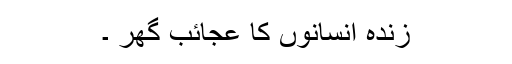
زندہ انسانوں کا عجائب گھر ۔